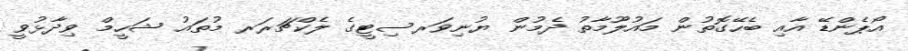
އޯޕެންޑޭ އާއި ބެހޭގޮތުން މައުލޫމާތު ދެމުން ޔުނިވަރސިޓީގެ ލެކްޗަރަރ މުތައު ޝަހީމް ވިދާޅުވީ